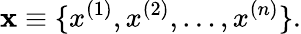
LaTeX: {\mathbf x}\equiv\{ x^{(1)},x^{(2)},\ldots,x^{(n)}\} .